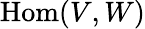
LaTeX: {\mathrm{Hom}}(V,W)